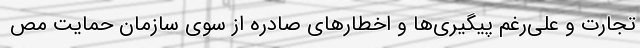
تجارت و علی‌رغم پیگیری‌ها و اخطارهای صادره از سوی سازمان حمایت مص